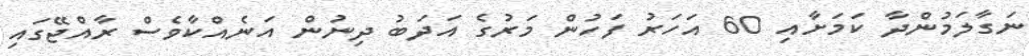
ނަގާލަމުންދާ ކަމަށާއި 60 އަހަރު ފަހުން މަރުގެ އަދަބު ދިނުން އަނެއްކާވެސް ރާއްޖޭގައި